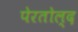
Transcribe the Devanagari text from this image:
पेरतोल्द